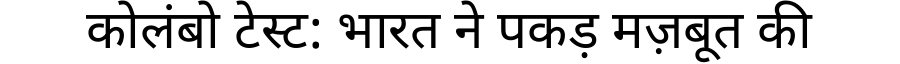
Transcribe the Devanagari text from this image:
कोलंबो टेस्ट: भारत ने पकड़ मज़बूत की